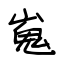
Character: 嵬